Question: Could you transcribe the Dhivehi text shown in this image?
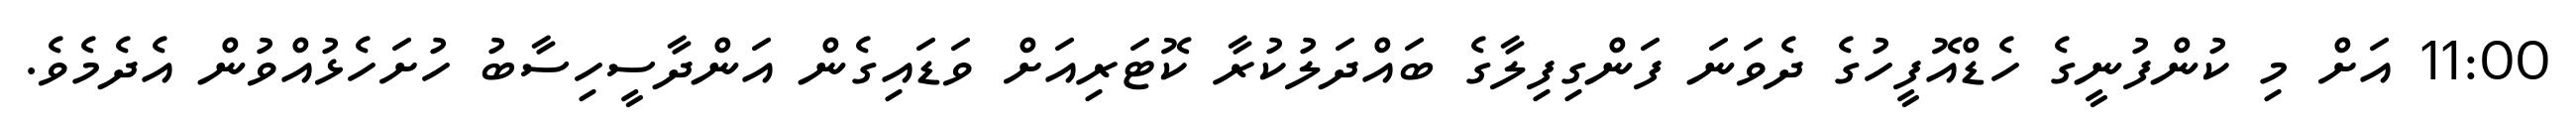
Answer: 11:00 އަށް މި ކުންފުނީގެ ހެޑްއޮފީހުގެ ދެވަނަ ފަންގިފިލާގެ ބައްދަލުކުރާ ކޮޓަރިއަށް ވަޑައިގެން އަންދާސީހިސާބު ހުށަހެޅުއްވުން އެދެމެވެ.